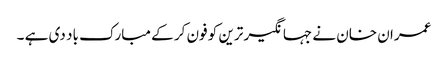
عمران خان نے جہانگیر ترین کو فون کر کے مبارک باد دی ہے ۔